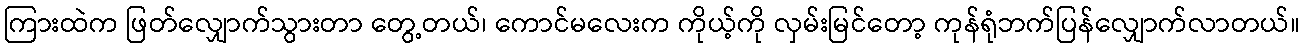
ကြားထဲက ဖြတ်လျှောက်သွားတာ တွေ့တယ်၊ ကောင်မလေးက ကိုယ့်ကို လှမ်းမြင်တော့ ကုန်ရုံဘက်ပြန်လျှောက်လာတယ်။